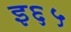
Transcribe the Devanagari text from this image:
इ६५